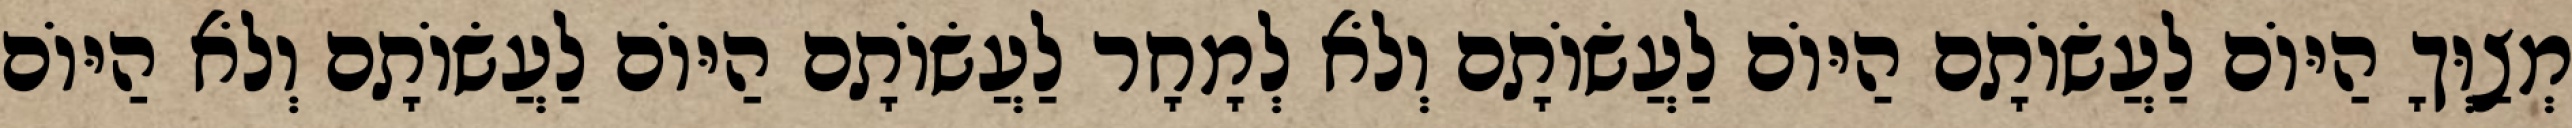
מְצַוְּךָ הַיּוֹם לַעֲשׂוֹתָם הַיּוֹם לַעֲשׂוֹתָם וְלֹא לְמָחָר לַעֲשׂוֹתָם הַיּוֹם לַעֲשׂוֹתָם וְלֹא הַיּוֹם